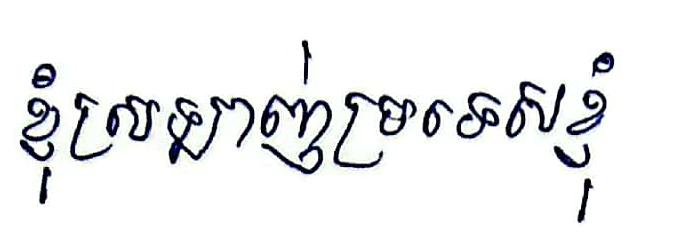
ខ្ញុំស្រឡាញ់ប្រទេសខ្ញុំ